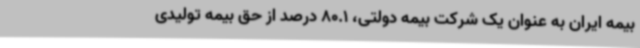
بیمه ایران به عنوان یک شرکت بیمه دولتی، 80.1 درصد از حق بیمه تولیدی